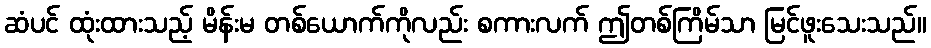
ဆံပင် ထုံးထားသည့် မိန်းမ တစ်ယောက်ကိုလည်း စကားလက် ဤတစ်ကြိမ်သာ မြင်ဖူးသေးသည်။